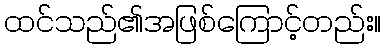
ထင်သည်၏အဖြစ်ကြောင့်တည်း။